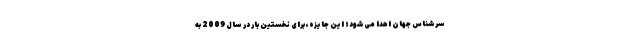
سرشناس جهان اهدا می‌شود؛ این جایزه، برای نخستین بار در سال 2009 به